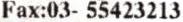
FAX:03- 55423213